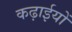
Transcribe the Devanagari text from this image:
कढ़ाईयों